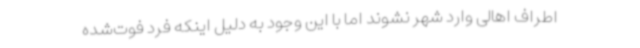
اطراف اهالی وارد شهر نشوند اما با این وجود به دلیل اینکه فرد فوت‌شده